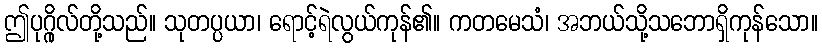
ဤပုဂ္ဂိုလ်တို့သည်။ သုတပ္ပယာ၊ ရောင့်ရဲလွယ်ကုန်၏။ ကတမေသံ၊ အဘယ်သို့သဘောရှိကုန်သော။